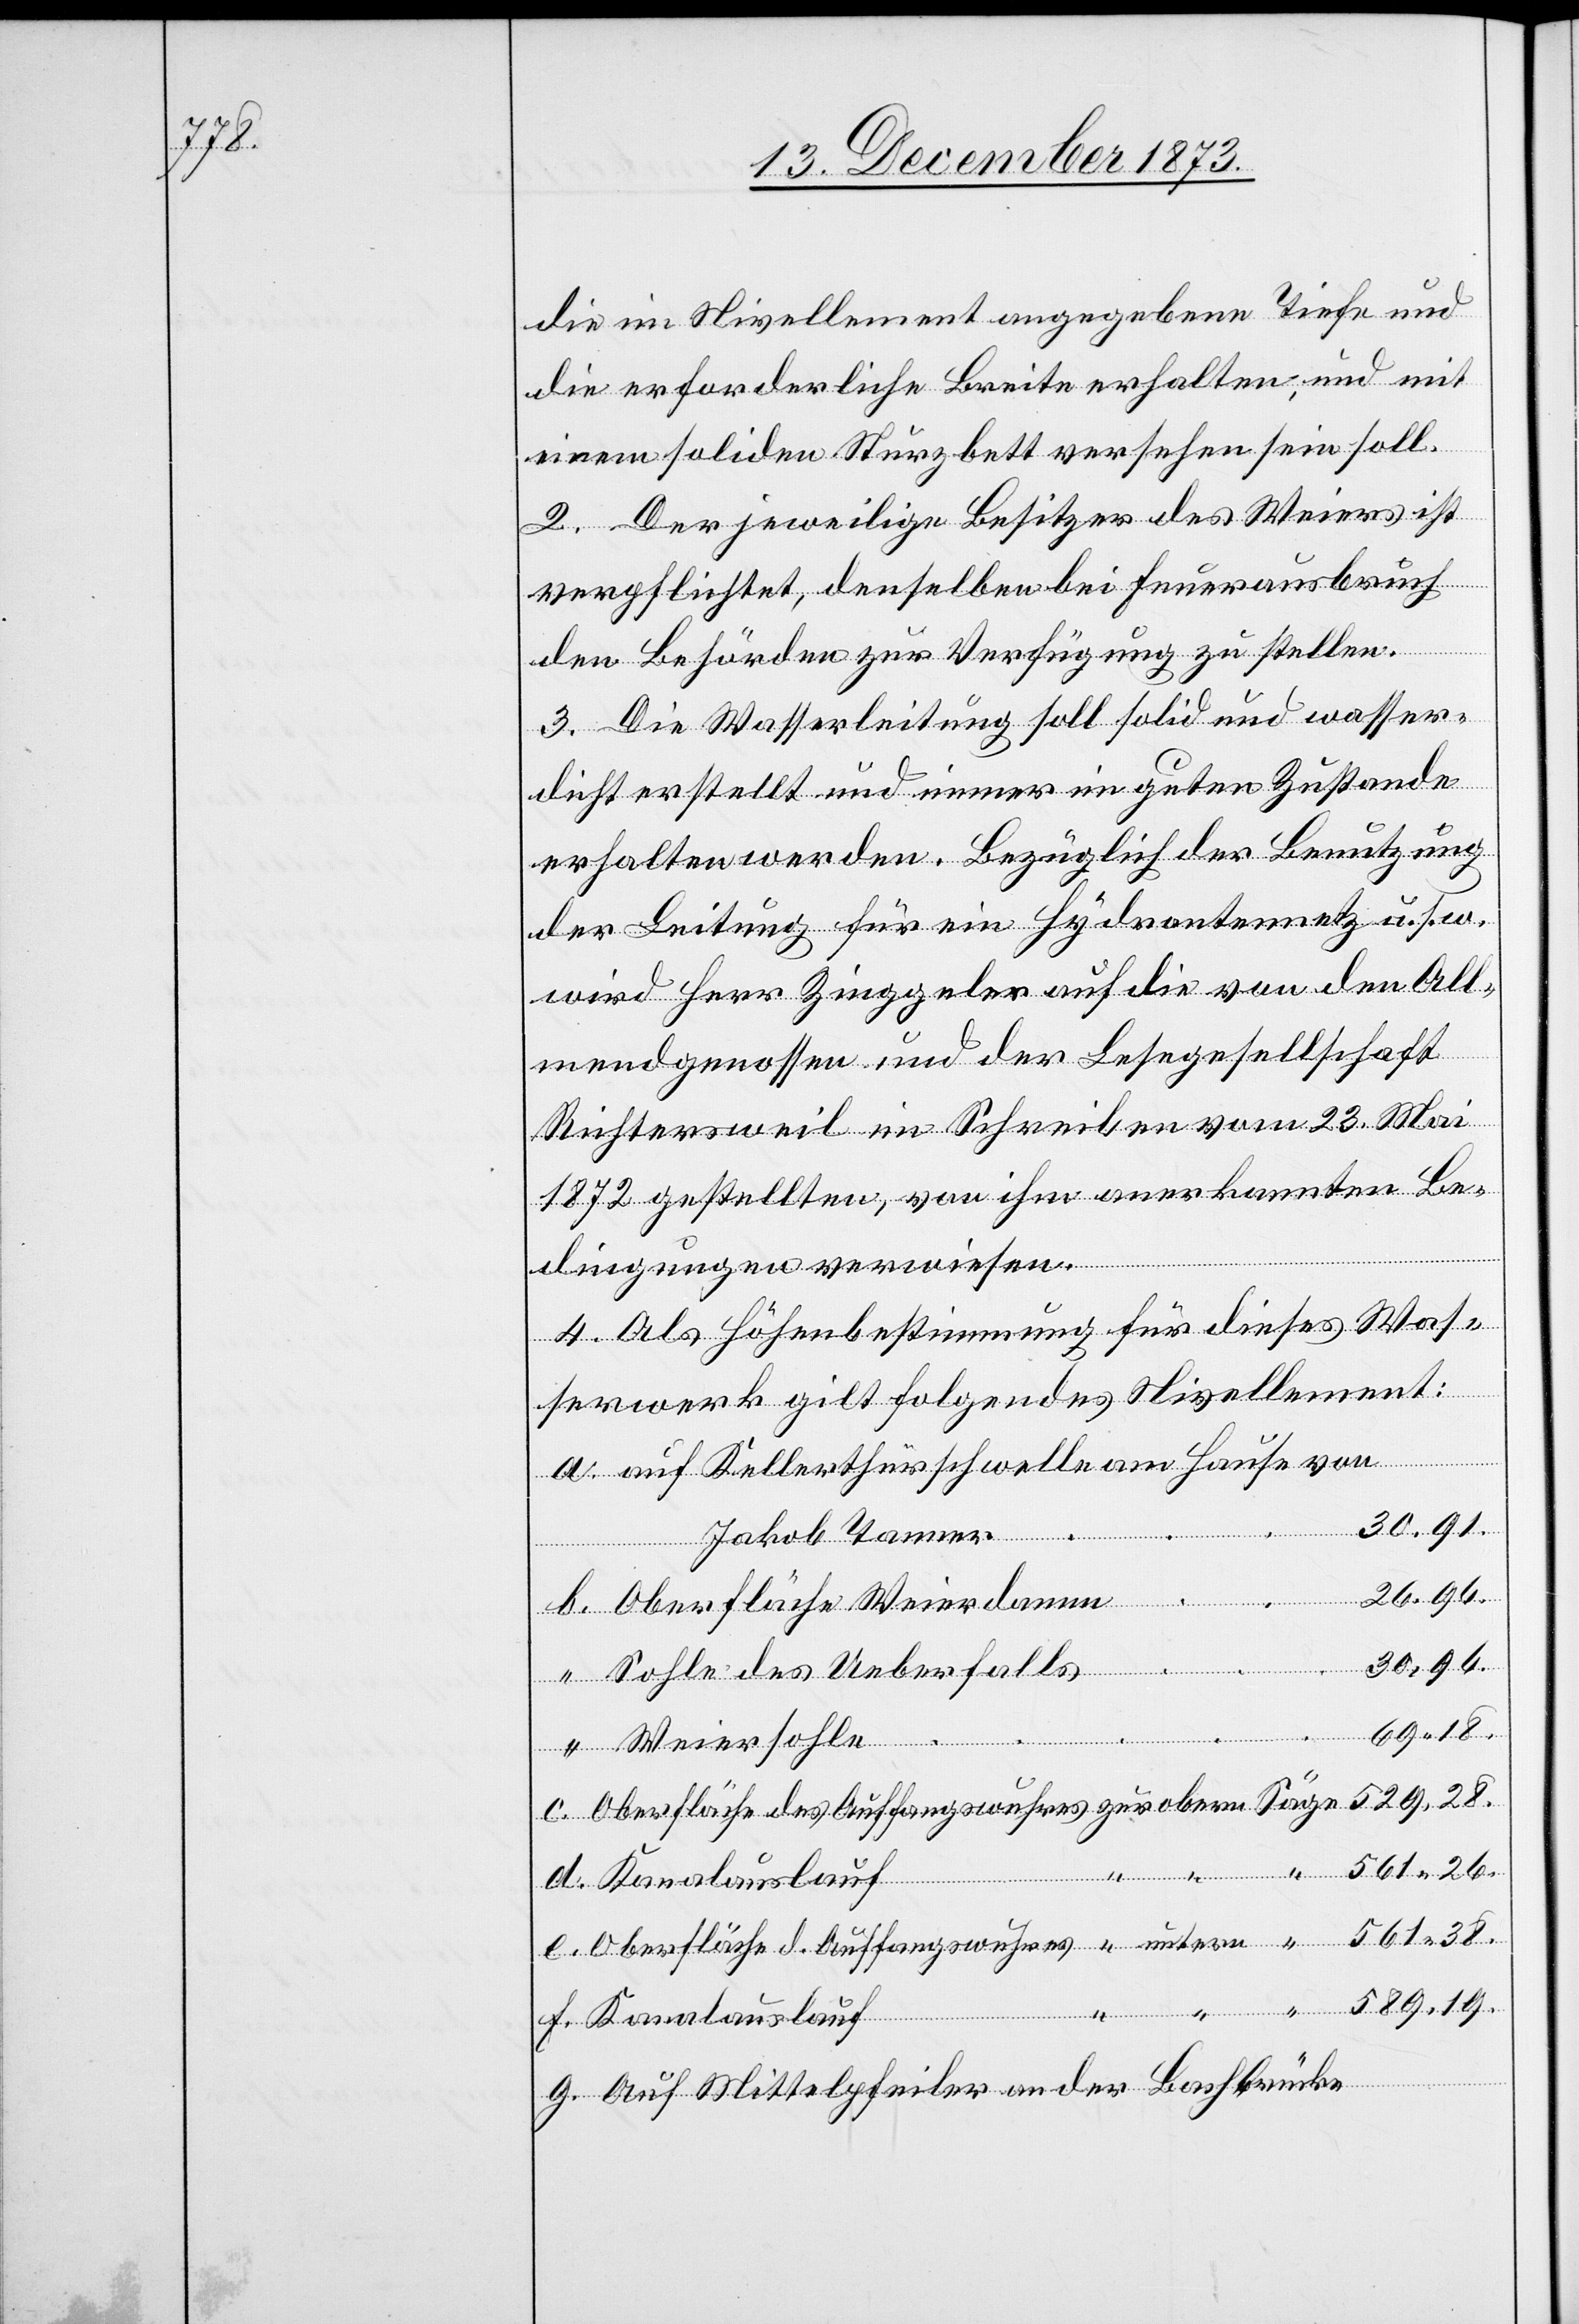
die im Nivellement angegebene Tiefe und
die erforderliche Breite erhalten, und mit
einem soliden Sturzbett versehen sein soll.
2. Der jeweilige Besitzer des Weiers ist
verpflichtet, denselben bei Feuerausbruch
den Behörden zur Verfügung zu stellen.
3. Die Wasserleitung soll solid und wasser¬
dicht erstellt und immer im guten Zustande
erhalten werden. Bezüglich der Benutzung
der Leitung für ein Hydrantennetz u. s. w.
wird Herr Zinggeler auf die von den All¬
mendgenossen und der Lesegesellschaft
Richtersweil im Schreiben vom 23. Mai
1872 gestellten, von ihm anerkannten Be¬
e.
dingungen verwiesen.
4. Als Höhenbestimmung für dieses Was¬
serwerk gilt folgendes Nivellement:
auf Kellerthürschwelle am Hause von
Jakob Tanner
26.96.
Oberfläche Weierdamm
30,96.
Sohle des Ueberfalls
untern
Weiersohle
561 26.
f.
Kanalauslauf
des
561 38.
589,19.
Auf Mittelpfeiler an der Bachbrücke